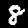
Label: 8